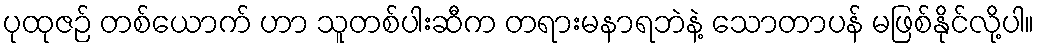
ပုထုဇဉ် တစ်ယောက် ဟာ သူတစ်ပါးဆီက တရားမနာရဘဲနဲ့ သောတာပန် မဖြစ်နိုင်လို့ပါ။